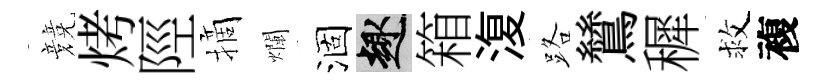
競烤陘摘爛涸趣箱𣸪路鷥穉救複